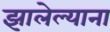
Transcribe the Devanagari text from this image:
झालेल्याना